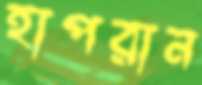
হাপরান